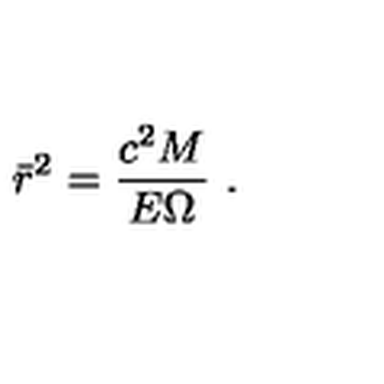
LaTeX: \bar { r } ^ { 2 } = { \frac { c ^ { 2 } M } { E \Omega } } \ .